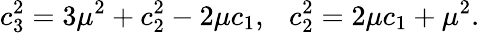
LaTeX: c_{3}^{2}=3\mu^{2}+c_{2}^{2}-2\mu c_{1},~~~c_{2}^{2}=2\mu c_{1}+\mu^{2}.